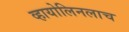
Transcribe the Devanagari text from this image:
व्हायोलिनलाच